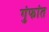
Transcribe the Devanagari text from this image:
गुंफांत